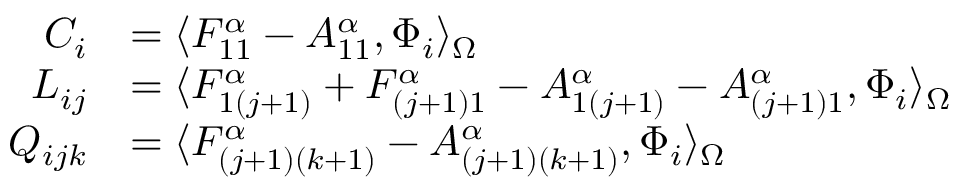
\begin{array} { r l } { C _ { i } } & { = \langle F _ { 1 1 } ^ { \alpha } - A _ { 1 1 } ^ { \alpha } , \Phi _ { i } \rangle _ { \Omega } } \\ { L _ { i j } } & { = \langle F _ { 1 ( j + 1 ) } ^ { \alpha } + F _ { ( j + 1 ) 1 } ^ { \alpha } - A _ { 1 ( j + 1 ) } ^ { \alpha } - A _ { ( j + 1 ) 1 } ^ { \alpha } , \Phi _ { i } \rangle _ { \Omega } } \\ { Q _ { i j k } } & { = \langle F _ { ( j + 1 ) ( k + 1 ) } ^ { \alpha } - A _ { ( j + 1 ) ( k + 1 ) } ^ { \alpha } , \Phi _ { i } \rangle _ { \Omega } } \end{array}